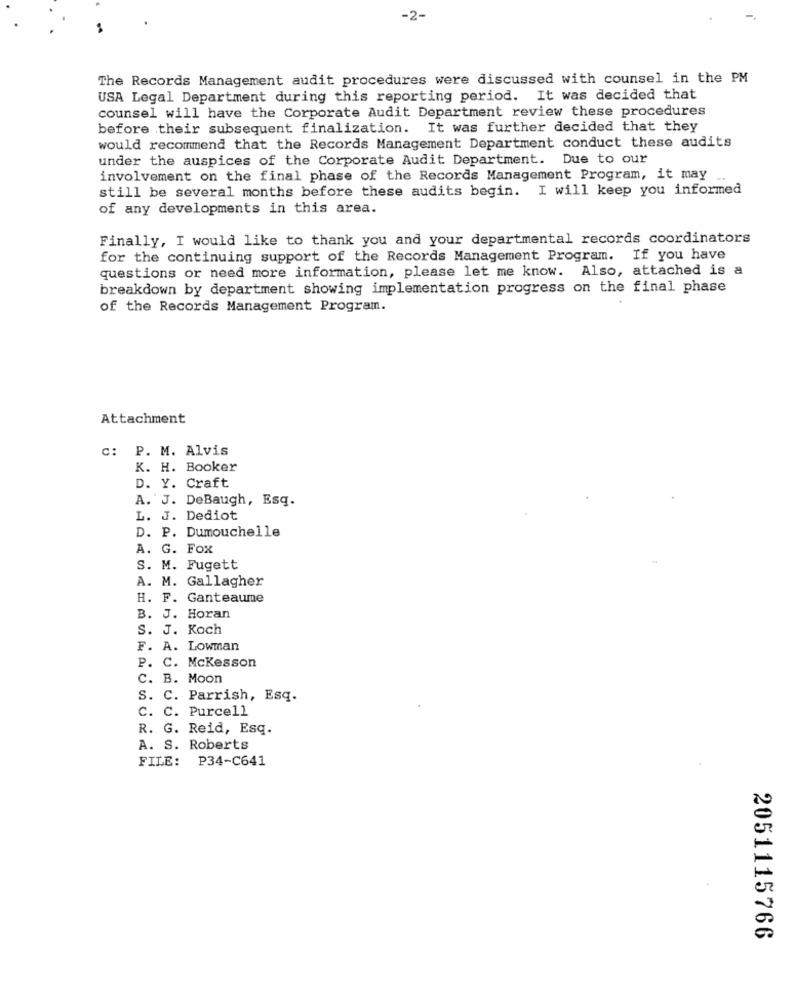
-2-
-4
The Records Management audit procedures were discussed with counsel in the PM
USA Legal Department during this reporting period. It was decided that
counsel will have the Corporate Audit Department review these procedures
before their subsequent finalization. It was further decided that they
would recommend that the Records Management Department conduct these audits
under the auspices of the Corporate Audit Department. Due to our
involvement on the final phase of the Records Management Program, it may
still be several months before these audits begin. I will keep you informed
of any developments in this area.
Finally, I would like to thank you and your departmental records coordinators
for the continuing support of the Records Management Program. If you have
questions or need more information, please let me know. Also, attached is a
breakdown by department showing implementation progress on the final phase
of the Records Management Program.
Attachment
c: P. M. Alvis
K. H. Booker
D. Y. Craft
A. J. DeBaugh, Esq.
L. J. Dediot
D. P. Dumouchelle
A. G. Fox
S. M. Fugett
A. M. Gallagher
H. F. Ganteaume
B. J. Horan
S. J. Koch
F. A. Lowman
P. C. Mckesson
C. B. Moon
S. C. Parrish, Esq.
c. C. Purcell
R. G. Reid, Esq.
A. S. Roberts
FILE: P34-C641
2051115766